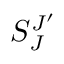
S _ { J } ^ { J ^ { \prime } }